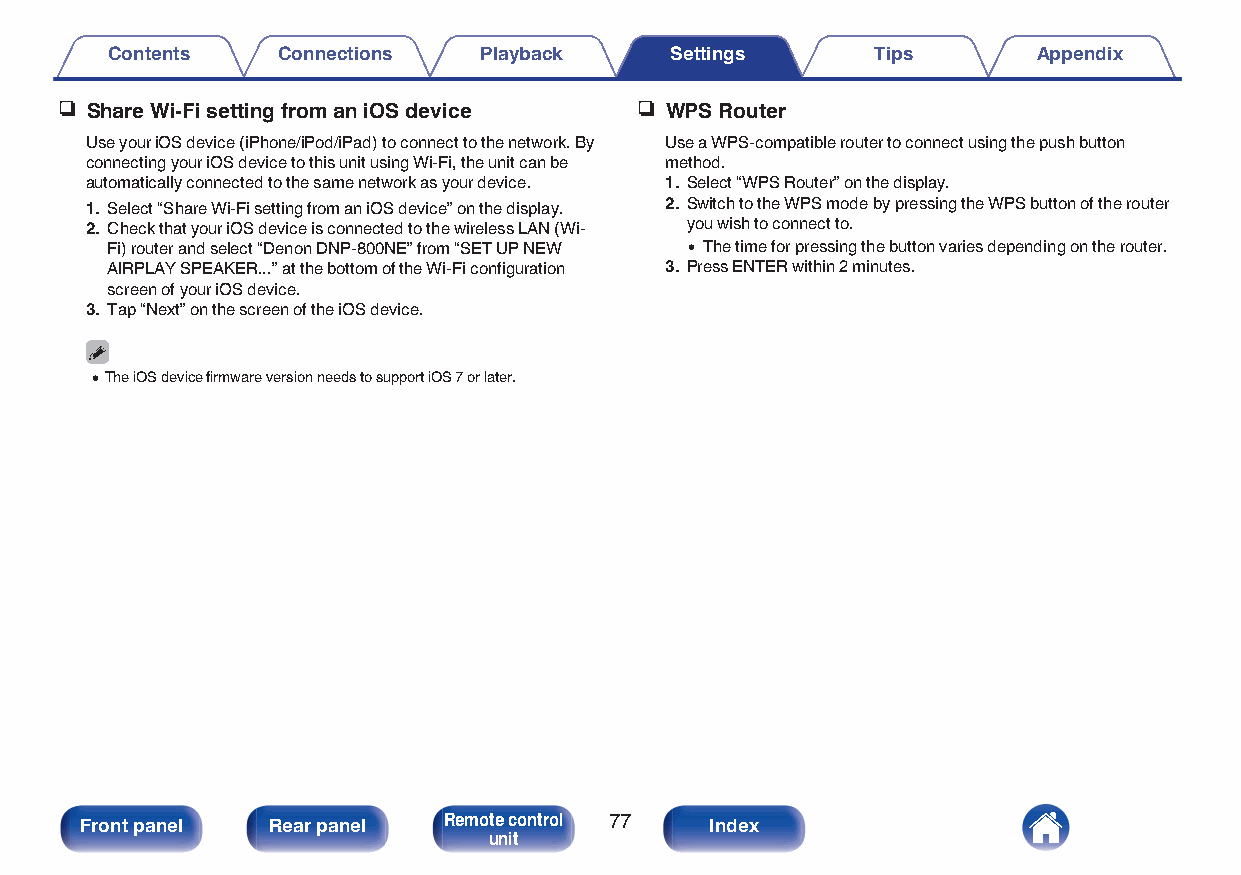
Contents   Connections   Playback    Settings      Tips       Appendix
 n Share Wi-Fi setting from an iOS device n WPS Router
 Use your iOS device (iPhone/iPod/iPad) to connect to the network. By Use a WPS-compatible router to connect using the push button
 connecting your iOS device to this unit using Wi-Fi, the unit can be method.
 automatically connected to the same network as your device. 1. Select “WPS Router” on the display.
 1. Select “Share Wi-Fi setting from an iOS device” on the display. 2. Switch to the WPS mode by pressing the WPS button of the router
 2. Check that your iOS device is connected to the wireless LAN (Wi- you wish to connect to.
 Fi) router and select “Denon DNP-800NE” from “SET UP NEW 0 The time for pressing the button varies depending on the router.
 AIRPLAY SPEAKER...” at the bottom of the Wi-Fi configuration 3. Press ENTER within 2 minutes.
 screen of your iOS device.
 3. Tap “Next” on the screen of the iOS device.
 0The iOS device firmware version needs to support iOS 7 or later.
 Front panel  Rear panel Remote control 77 Index
 unit